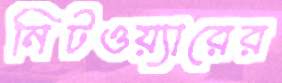
নিটওয়্যারের